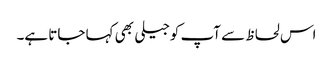
اس لحاظ سے آپ کوجیلی بھی کہا جاتا ہے۔